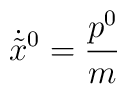
\dot{\tilde{x}}{}^0=\frac{p^0}{m}